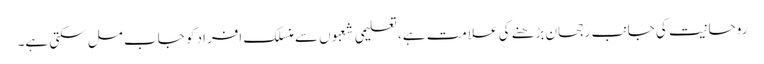
روحانیت کی جانب رجحان بڑھنے کی علامت ہے، تعلیمی شعبوں سے منسلک افراد کو جاب مل سکتی ہے۔